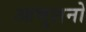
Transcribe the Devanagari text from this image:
आभुशनो